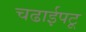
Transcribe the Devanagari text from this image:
चढाईपटू